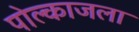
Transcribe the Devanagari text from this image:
पोल्काजला